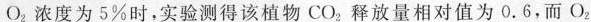
O_{2}浓度为5\%时，实验测得该植物CO_{2}释放量相对值为0.6，而O_{2}